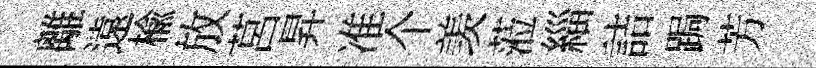
離遠楡放莒昇准个羡蒞緇詰跼芳